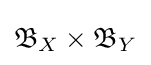
{\mathfrak {B}}_{X}\times {\mathfrak {B}}_{Y}